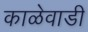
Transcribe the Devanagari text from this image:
काळेवाडी